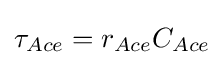
\tau _{Ace}=r_{Ace}C_{Ace}